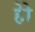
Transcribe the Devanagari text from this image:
हेेो